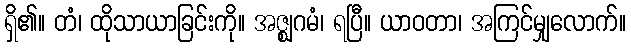
ရှိ၏။ တံ၊ ထိုသာယာခြင်းကို။ အဇ္ဈဂမံ၊ ရပြီ။ ယာဝတာ၊ အကြင်မျှလောက်။